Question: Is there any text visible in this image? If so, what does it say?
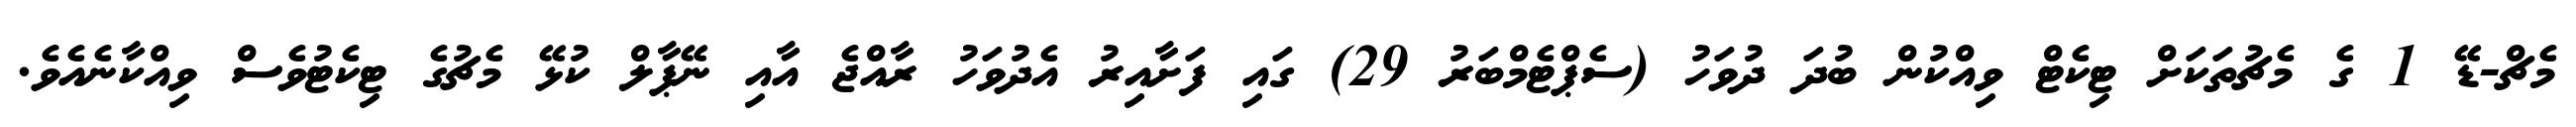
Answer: މެޗް-ޑޭ 1 ގެ މެޗުތަކަށް ޓިކެޓް ވިއްކުން ބުދަ ދުވަހު (ސެޕްޓެމްބަރު 29) ގައި ފަށާއިރު އެދުވަހު ރާއްޖެ އާއި ނޭޕާލް ކުޅޭ މެޗުގެ ޓިކެޓުވެސް ވިއްކާނެއެވެ.